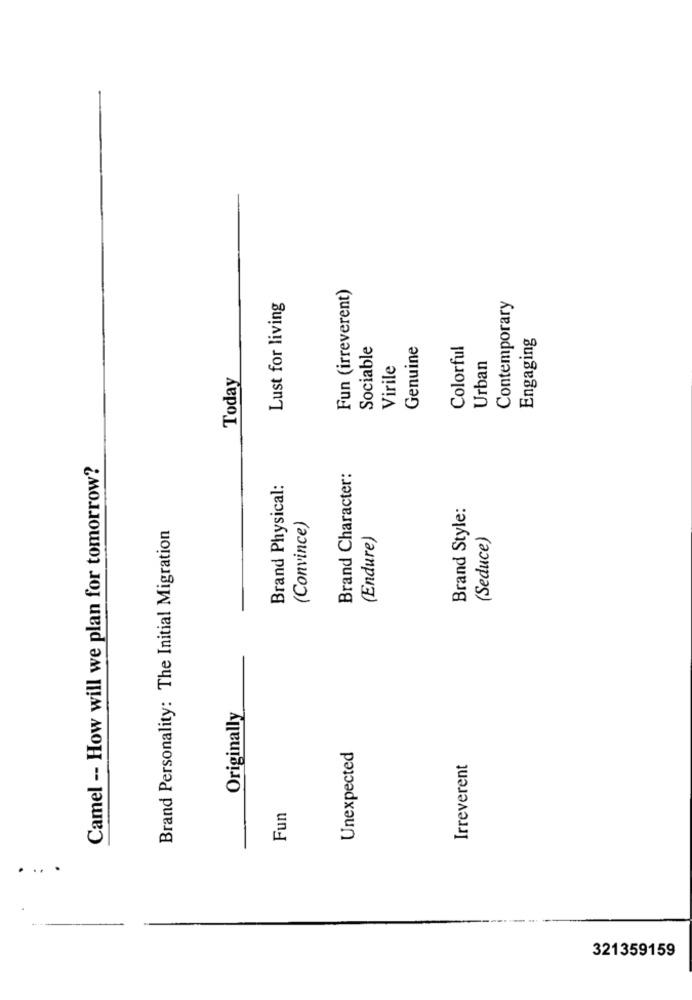
Fun (irreverent)
Lust for living
Contemporary
Engaging
Sociable
Genuine
Colorful
Urban
Virile
Today
Camel -- How will we plan for tomorrow?
Brand Character:
Brand Physical:
Brand Style:
Brand Personality: The Initial Migration
(Convince)
(Endure)
(Seduce)
Originally
Unexpected
Irreverent
Fun
. .. .
321359159